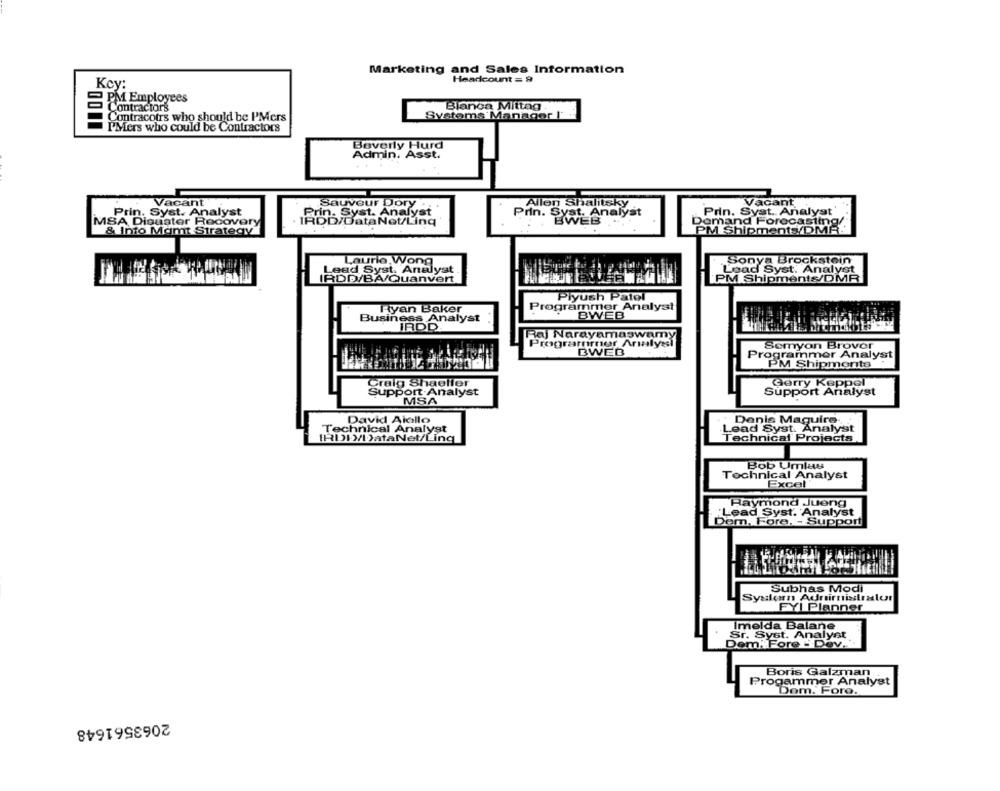
Marketing and Sales Information
Headcount = 9
Kcy:
SPM Employees
Contractors
Blanca Mittag
Contracotrs who should be PMers
Systems Manager I'
PMers who could be Contractors
Beverly Hurd
Admin. Asst.
Vacant
Sauveur Dory
Allen Shalitsky
Vacant
Prin, Syst. Analyst
Prin. Syst. Analyst
MSA Disaster Recovery
βSs/Bata Net/Ling
BWES
Demand Forecasting/
& Into Mgmt Strategy
PM Shipments/DMR:
Laurie Wong
Sonya Brockstein
Lead Syst, Analyst
Lead Syst. Analyst
IRDD/BA/Quanvert
PM Shipments/DMR
Piyush Patel
Ryan Baker
Programmer Analyst
BWEB
Business Analyst
IRDD
Raj Narayamaswamy
Programmer Analysl
Semyon Brover
BWEB
Programmer Analys
PM Shipments
Craig Shaeller
Gerry Keppel
Support Analyst
Support Analyst
MSA
David Alollo
Technical Analyst
Denis Maguire
Lead Syst. Analyst
IRDD/DataNet/Ling
Technical Projects
Bob Umlas
Technical Analyst
Excel
Tymond Jueng
"Lead Syst. Analyst
Dem, Fore, - Support
Subhas Modi
Systern Adnirnisstralur
FYI Planner
Imelda Balane
Sr. Syst. Analyst
Dem. Fore - Dev ..
Boris Galzman
Progammer Analyst
Dom. Fore.
2063561648